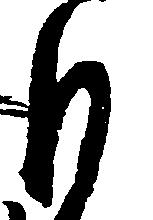
目